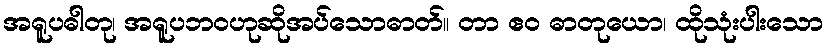
အရူပဓါတု၊ အရူပဘဝဟုဆိုအပ်သောဓာတ်။ တာ ဧဝ ဓာတုယော၊ ထိုသုံးပါးသော